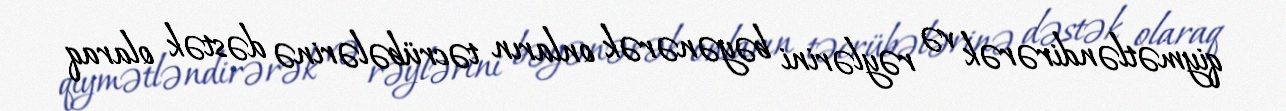
qiymətləndirərək və rəylərini bəyənərək onların təcrübələrinə dəstək olaraq